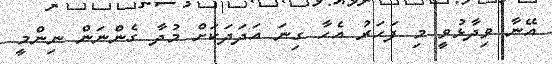
އޭނާ ވިދާޅުވީ މި ފަހަރު އެހާ ގިނަ އަދަދަކަށް މުދާ ގެންނަން ނިންމީ